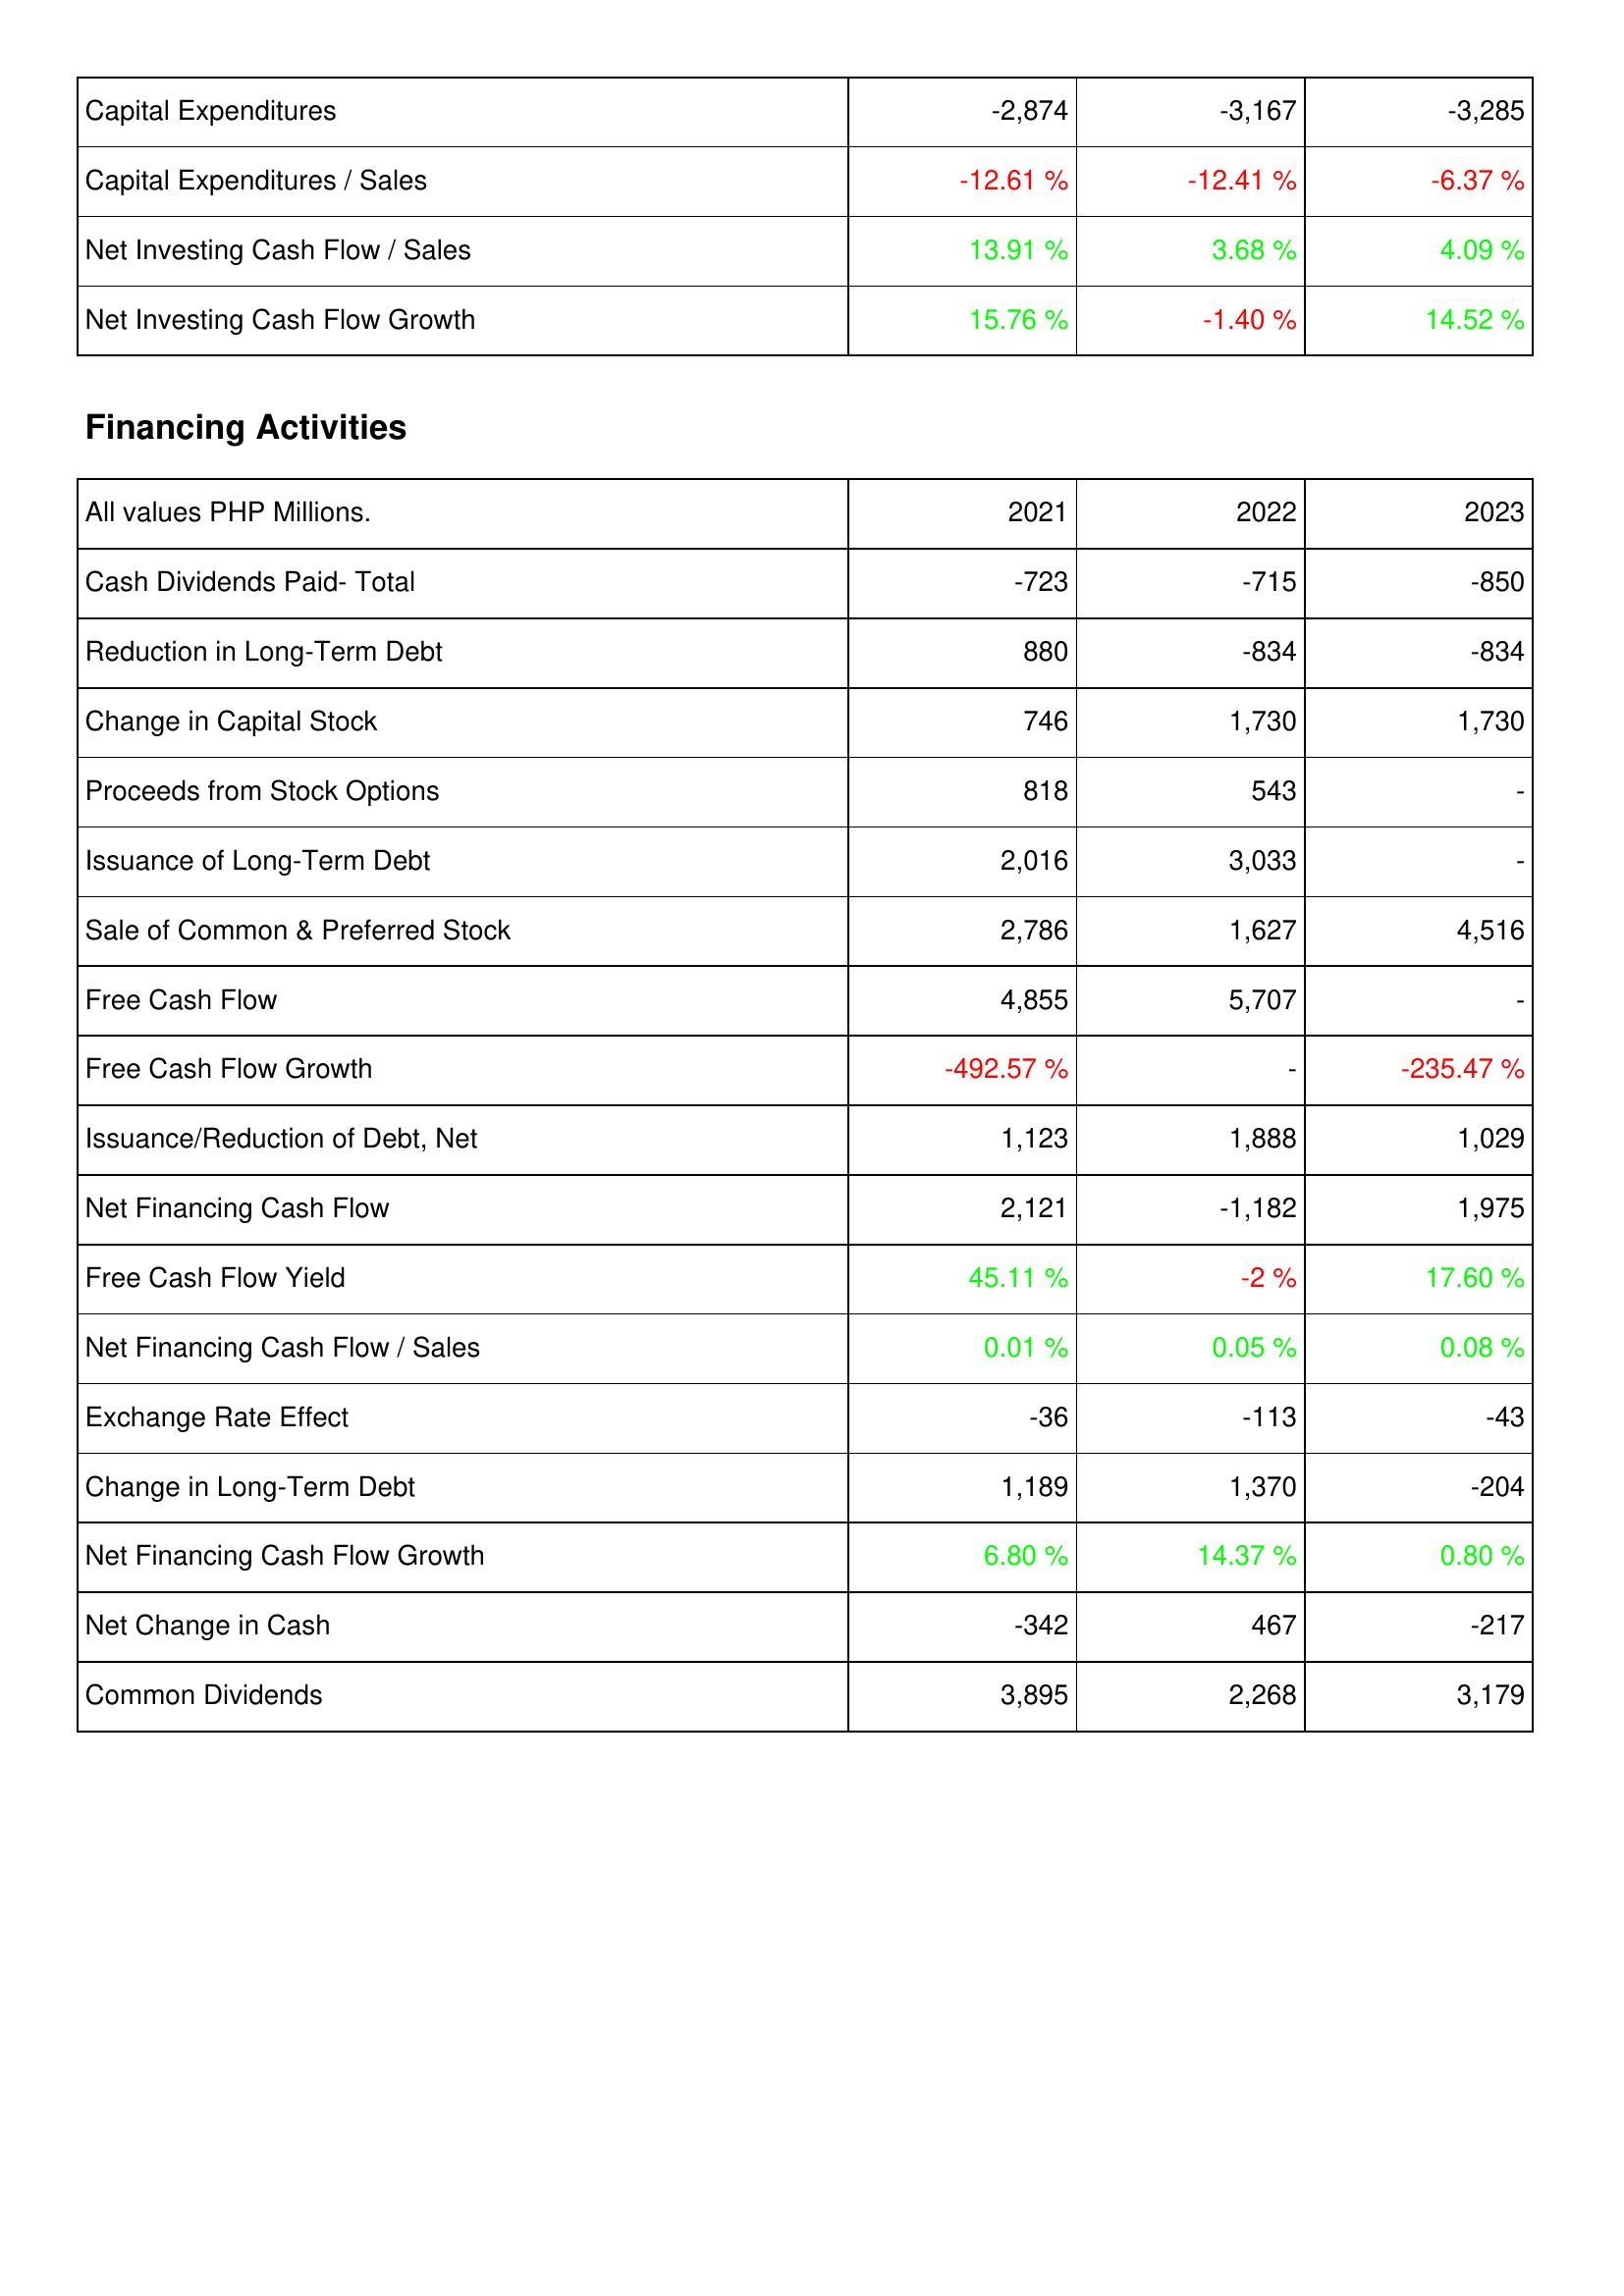
2021: Investing Activities: Capital Expenditures: -2,874
Capital Expenditures / Sales: -12.61 %
Net Investing Cash Flow / Sales: 13.91 %
Net Investing Cash Flow Growth: 15.76 %
Financing Activities: Cash Dividends Paid- Total: -723
Reduction in Long-Term Debt: 880
Change in Capital Stock: 746
Proceeds from Stock Options: 818
Issuance of Long-Term Debt: 2,016
Sale of Common & Preferred Stock: 2,786
Free Cash Flow: 4,855
Free Cash Flow Growth: -492.57 %
Issuance/Reduction of Debt, Net: 1,123
Net Financing Cash Flow: 2,121
Free Cash Flow Yield: 45.11 %
Net Financing Cash Flow / Sales: 0.01 %
Exchange Rate Effect: -36
Change in Long-Term Debt: 1,189
Net Financing Cash Flow Growth: 6.80 %
Net Change in Cash: -342
Common Dividends: 3,895
2022: Investing Activities: Capital Expenditures: -3,167
Capital Expenditures / Sales: -12.41 %
Net Investing Cash Flow / Sales: 3.68 %
Net Investing Cash Flow Growth: -1.40 %
Financing Activities: Cash Dividends Paid- Total: -715
Reduction in Long-Term Debt: -834
Change in Capital Stock: 1,730
Proceeds from Stock Options: 543
Issuance of Long-Term Debt: 3,033
Sale of Common & Preferred Stock: 1,627
Free Cash Flow: 5,707
Free Cash Flow Growth: -
Issuance/Reduction of Debt, Net: 1,888
Net Financing Cash Flow: -1,182
Free Cash Flow Yield: -2 %
Net Financing Cash Flow / Sales: 0.05 %
Exchange Rate Effect: -113
Change in Long-Term Debt: 1,370
Net Financing Cash Flow Growth: 14.37 %
Net Change in Cash: 467
Common Dividends: 2,268
2023: Investing Activities: Capital Expenditures: -3,285
Capital Expenditures / Sales: -6.37 %
Net Investing Cash Flow / Sales: 4.09 %
Net Investing Cash Flow Growth: 14.52 %
Financing Activities: Cash Dividends Paid- Total: -850
Reduction in Long-Term Debt: -834
Change in Capital Stock: 1,730
Proceeds from Stock Options: -
Issuance of Long-Term Debt: -
Sale of Common & Preferred Stock: 4,516
Free Cash Flow: -
Free Cash Flow Growth: -235.47 %
Issuance/Reduction of Debt, Net: 1,029
Net Financing Cash Flow: 1,975
Free Cash Flow Yield: 17.60 %
Net Financing Cash Flow / Sales: 0.08 %
Exchange Rate Effect: -43
Change in Long-Term Debt: -204
Net Financing Cash Flow Growth: 0.80 %
Net Change in Cash: -217
Common Dividends: 3,179